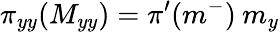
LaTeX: \pi_{yy}(M_{yy})=\pi^{\prime}(m^{-})\: m_{y}